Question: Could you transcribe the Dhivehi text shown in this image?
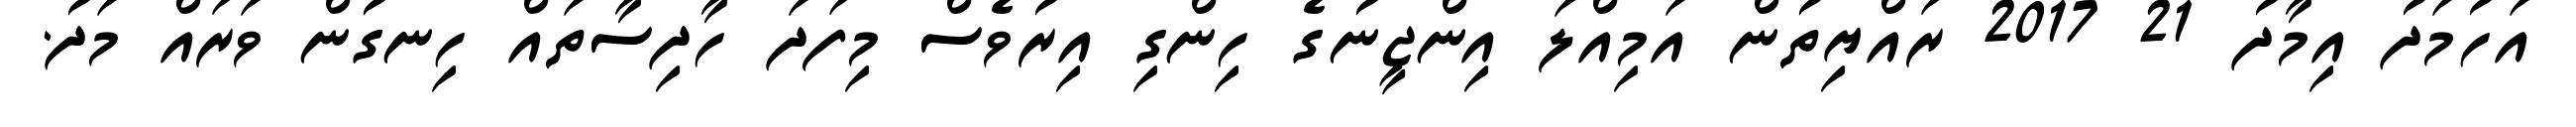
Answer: އަހުމަދު އިމާދު 21 2017 ރައްޔިތުން އަމިއްލަ އިންޖީނުގެ ހިންގި އިރުވެސް މިފަދަ ހާދިސާތައް ހިނގުން ވަރައް މަދު.